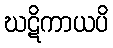
ဃဋိကာယပိ